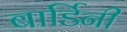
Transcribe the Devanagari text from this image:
बार्डिनी